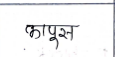
मजकूर: कापुस